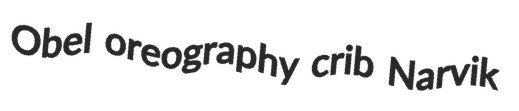
Obel oreography crib Narvik